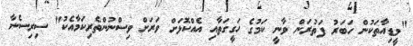
"މީޑިއާތަކުން ހަބަރު ފަތުރަން ވާނީ ކަމުގެ ހަގީގަތާއި އެއްކޮޅަށް ވަރަށް ވިސްނުންތެރިކަމާއެކު" ސިރިސެނާ